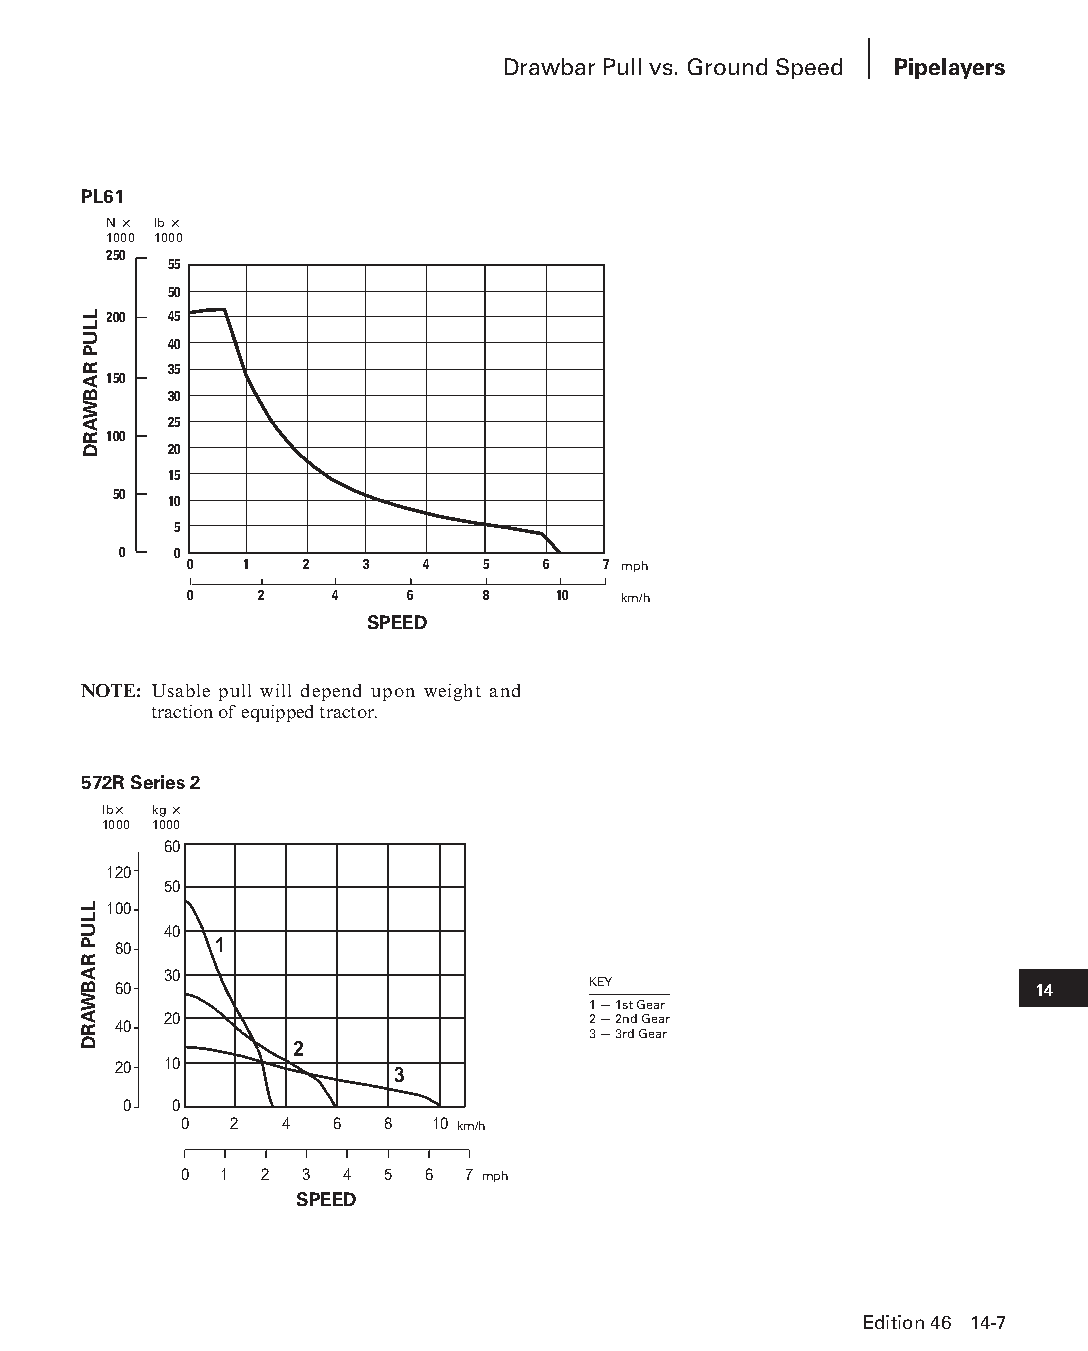
Drawbar Pull vs. Ground Speed Pipelayers
 PL61
 N × lb ×
 1000 1000
 250
 55
 50
 200 45
 40
 35
 150
 30
 25
 100
 20
 15
 50
 10
 5
 0   0
 0   1  2   3   4   5   6   7 mph
 0   2    4    6    8    10  km/h
 SPEED
 NOTE: Usable pull will depend upon weight and
 traction of equipped tractor.
 572R Series 2
 lb× kg ×
 1000 1000
 60
 120
 50
 100
 40
 1
 80
 30
 60                             KEY                           14
 1 — 1st Gear
 40 20                          2 — 2nd Gear
 3 — 3rd Gear
 2
 20 10             3
 0  0
 0   2  4  6   8  10 km/h
 0  1  2 3  4  5 6  7 mph
 SPEED
 Edition 46 14-7
 PPHHBB--SSeecc1144--1166..iinndddd 77                          1122//44//1155 1100::5500 AAMM
 LLUP
 RABWARD
 LLUP
 RABWARD